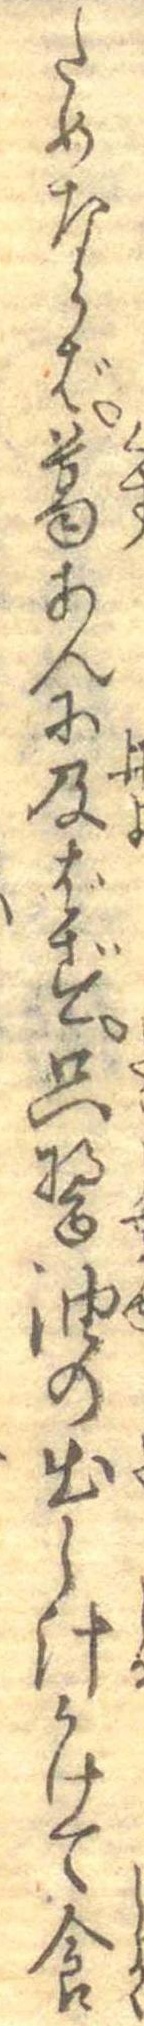
ためならば葛あんに及ばず只醤油の出し汁かけて食